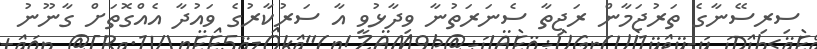
ސިރިސޭނާގެ ތަރުޖަމާން ރަޖިތާ ސެނަރަތުނާ ވިދާޅުވީ އާ ސަރުކާރުގެ ވައުދާ އެއްގޮތަށް ގާނޫނު